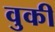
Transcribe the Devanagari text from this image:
वुकी